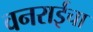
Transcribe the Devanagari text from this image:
वनराईचा